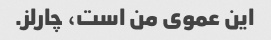
این عموی من است، چارلز.